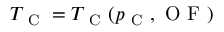
T _ { \mathrm { ~ C ~ } } = T _ { \mathrm { ~ C ~ } } ( p _ { \mathrm { ~ C ~ } } , \mathrm { ~ O ~ F ~ } )